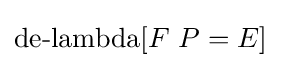
\operatorname {de-lambda} [F\ P=E]